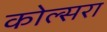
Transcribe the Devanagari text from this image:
कोल्‍सरा